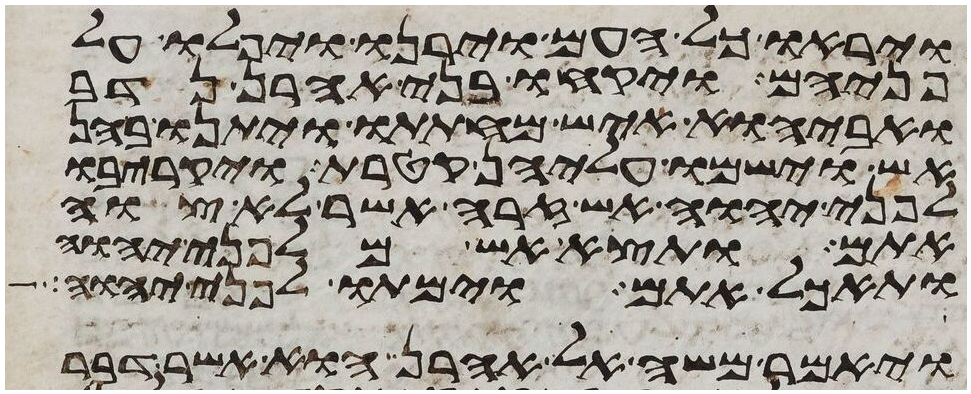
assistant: ויראו כל העם וירנו ויפלו על
פניהם ויקחו בני אהרן נדב
ואביהוא איש מחתתו ויתנו בהן
אש וישמו עליהן קטרת ויקריבו
לפני יהוה אש זרה אשר לא צוה
אתם ותצא אש מלפני יהוה
ותאכל אתם וימתו לפני יהוה
ויאמר משה אל אהרן הוא אשר דבר